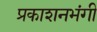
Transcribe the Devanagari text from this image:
प्रकाशनभंगी